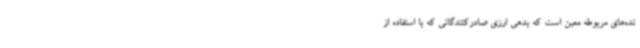
نده‌های مربوطه معین است که بدهی ارزی صادرکنندگانی که با استفاده از